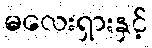
မလေးရှားနှင့်